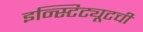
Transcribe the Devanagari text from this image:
इन्स्टिट्यूटची